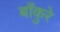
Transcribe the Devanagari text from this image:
बाँकुरे